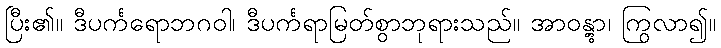
ပြီး၏။ ဒီပင်္ကရောဘဂဝါ၊ ဒီပင်္ကရာမြတ်စွာဘုရားသည်။ အာဝန္တွာ၊ ကြွလာ၍။